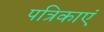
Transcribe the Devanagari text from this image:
पत्रिकाएं